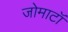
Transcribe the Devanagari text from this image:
जोमाटॉ